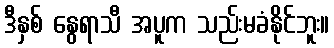
ဒီနှစ် နွေရာသီ အပူက သည်းမခံနိုင်ဘူး။